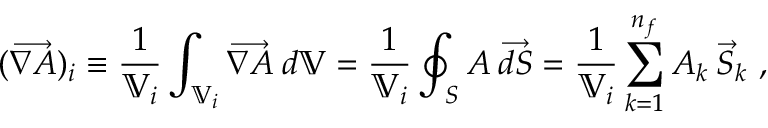
( \overrightarrow { \nabla A } ) _ { i } \equiv \frac { 1 } { \mathbb { V } _ { i } } \int _ { \mathbb { V } _ { i } } \overrightarrow { \nabla A } \: d \mathbb { V } = \frac { 1 } { \mathbb { V } _ { i } } \oint _ { S } A \: \overrightarrow { d S } = \frac { 1 } { \mathbb { V } _ { i } } \sum _ { k = 1 } ^ { n _ { f } } A _ { k } \: \vec { S } _ { k } \mathrm { ~ , }